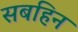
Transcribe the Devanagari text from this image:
सबहिन